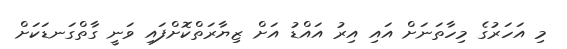
މި އަހަރުގެ މިހާތަނަށް އައި އިރު އައްޑު އަށް ޒިޔާރަތްކޮށްފައި ވަނީ ގާތްގަނޑަކަށް